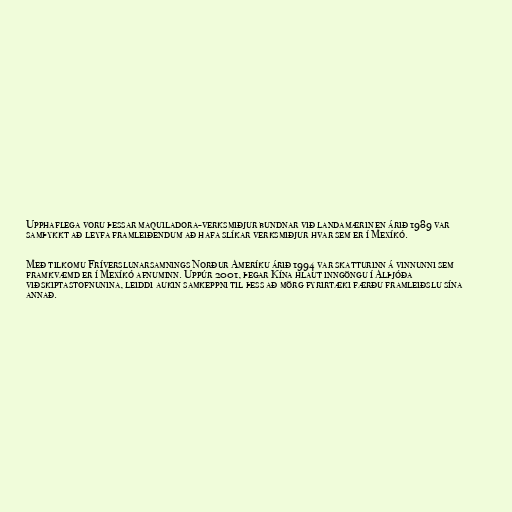
Upphaflega voru þessar maquiladora-verksmiðjur bundnar við landamærin en árið 1989 var
samþykkt að leyfa framleiðendum að hafa slíkar verksmiðjur hvar sem er í Mexíkó.

Með tilkomu Fríverslunarsamnings Norður Ameríku árið 1994 var skatturinn á vinnunni sem
framkvæmd er í Mexíkó afnuminn. Uppúr 2001, þegar Kína hlaut inngöngu í Alþjóða
viðskiptastofnunina, leiddi aukin samkeppni til þess að mörg fyrirtæki færðu framleiðslu sína
annað.